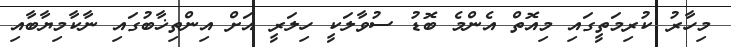
މިހާރު ކުރިމަތީގައި މިއޮތް އެންމެ ބޮޑު ސުވާލަކީ ހިލަރީ އަށް އިންތިޚާބުގައި ނާކާމިޔާބާއި